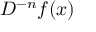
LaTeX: D ^ { - n } f ( x )